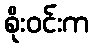
စိုးဝင်းက